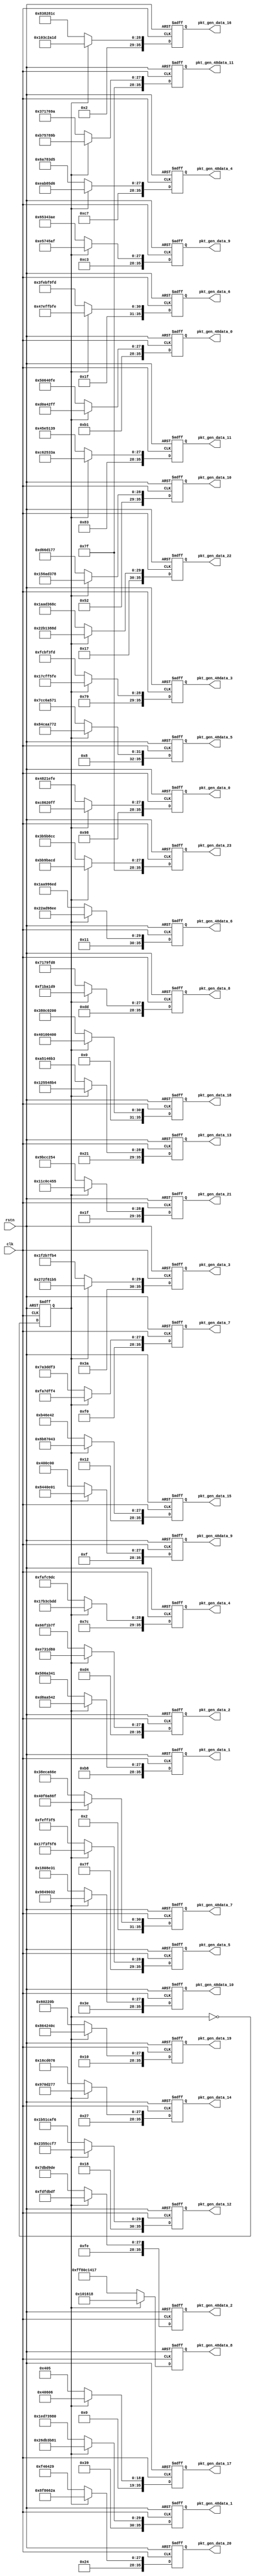
// Copyright (c) 2024 by JLSemi Inc.
// --------------------------------------------------------------------
//
//                     JLSemi
//                     Shanghai, China
//                     Name : Zhiling Guo
//
// --------------------------------------------------------------------
// --------------------------------------------------------------------
//  Revision History:1.0
//  Date          By            Revision    Design Description
//---------------------------------------------------------------------
//  2024-05-06    zlguo         1.0         package_gen
// --------------------------------------------------------------------
// --------------------------------------------------------------------
`timescale 1ns/1ns
module package_gen
(
    input   wire            clk,
    input   wire            rstn,

    output  wire    [35:0]  pkt_gen_data_0,
    output  wire    [35:0]  pkt_gen_data_1,
    output  wire    [35:0]  pkt_gen_data_2,
    output  wire    [35:0]  pkt_gen_data_3,
    output  wire    [35:0]  pkt_gen_data_4,
    output  wire    [35:0]  pkt_gen_data_5,
    output  wire    [35:0]  pkt_gen_data_6,
    output  wire    [35:0]  pkt_gen_data_7,
    output  wire    [35:0]  pkt_gen_data_8,
    output  wire    [35:0]  pkt_gen_data_9,
    output  wire    [35:0]  pkt_gen_data_10,
    output  wire    [35:0]  pkt_gen_data_11,
    output  wire    [35:0]  pkt_gen_data_12,
    output  wire    [35:0]  pkt_gen_data_13,
    output  wire    [35:0]  pkt_gen_data_14,
    output  wire    [35:0]  pkt_gen_data_15,
    output  wire    [35:0]  pkt_gen_data_16,
    output  wire    [35:0]  pkt_gen_data_17,
    output  wire    [35:0]  pkt_gen_data_18,
    output  wire    [35:0]  pkt_gen_data_19,
    output  wire    [35:0]  pkt_gen_data_20,
    output  wire    [35:0]  pkt_gen_data_21,
    output  wire    [35:0]  pkt_gen_data_22,
    output  wire    [35:0]  pkt_gen_data_23,

    output  wire    [35:0]  pkt_gen_48data_0,
    output  wire    [35:0]  pkt_gen_48data_1,
    output  wire    [35:0]  pkt_gen_48data_2,
    output  wire    [35:0]  pkt_gen_48data_3,
    output  wire    [35:0]  pkt_gen_48data_4,
    output  wire    [35:0]  pkt_gen_48data_5,
    output  wire    [35:0]  pkt_gen_48data_6,
    output  wire    [35:0]  pkt_gen_48data_7,
    output  wire    [35:0]  pkt_gen_48data_8,
    output  wire    [35:0]  pkt_gen_48data_9,
    output  wire    [35:0]  pkt_gen_48data_10,
    output  wire    [35:0]  pkt_gen_48data_11

);

    reg     [35:0]  sin_data_0 ;
    reg     [35:0]  sin_data_1 ;
    reg     [35:0]  sin_data_2 ;
    reg     [35:0]  sin_data_3 ;
    reg     [35:0]  sin_data_4 ;
    reg     [35:0]  sin_data_5 ;
    reg     [35:0]  sin_data_6 ;
    reg     [35:0]  sin_data_7 ;
    reg     [35:0]  sin_data_8 ;
    reg     [35:0]  sin_data_9 ;
    reg     [35:0]  sin_data_10;
    reg     [35:0]  sin_data_11;
    reg     [35:0]  sin_data_12;
    reg     [35:0]  sin_data_13;
    reg     [35:0]  sin_data_14;
    reg     [35:0]  sin_data_15;
    reg     [35:0]  sin_data_16;
    reg     [35:0]  sin_data_17;
    reg     [35:0]  sin_data_18;
    reg     [35:0]  sin_data_19;
    reg     [35:0]  sin_data_20;
    reg     [35:0]  sin_data_21;
    reg     [35:0]  sin_data_22;
    reg     [35:0]  sin_data_23;

    reg     [35:0]  sin_48data_0 ;
    reg     [35:0]  sin_48data_1 ;
    reg     [35:0]  sin_48data_2 ;
    reg     [35:0]  sin_48data_3 ;
    reg     [35:0]  sin_48data_4 ;
    reg     [35:0]  sin_48data_5 ;
    reg     [35:0]  sin_48data_6 ;
    reg     [35:0]  sin_48data_7 ;
    reg     [35:0]  sin_48data_8 ;
    reg     [35:0]  sin_48data_9 ;
    reg     [35:0]  sin_48data_10;
    reg     [35:0]  sin_48data_11;

    reg             sel;

    always @ (posedge clk or negedge rstn) begin
        if (!rstn)
            sel <= 1'b0;
        else
            sel <= ~sel;
    end

    always @ (posedge clk or negedge rstn) begin
        if (!rstn) begin
            sin_data_0  <= 36'h0;
            sin_data_1  <= 36'h0;
            sin_data_2  <= 36'h0;
            sin_data_3  <= 36'h0;
            sin_data_4  <= 36'h0;
            sin_data_5  <= 36'h0;
            sin_data_6  <= 36'h0;
            sin_data_7  <= 36'h0;
            sin_data_8  <= 36'h0;
            sin_data_9  <= 36'h0;
            sin_data_10 <= 36'h0;
            sin_data_11 <= 36'h0;
            sin_data_12 <= 36'h0;
            sin_data_13 <= 36'h0;
            sin_data_14 <= 36'h0;
            sin_data_15 <= 36'h0;
            sin_data_16 <= 36'h0;
            sin_data_17 <= 36'h0;
            sin_data_18 <= 36'h0;
            sin_data_19 <= 36'h0;
            sin_data_20 <= 36'h0;
            sin_data_21 <= 36'h0;
            sin_data_22 <= 36'h0;
            sin_data_23 <= 36'h0;
        end
        else begin
            sin_data_0  <= sel ? {9'h131, 9'h121, 9'h110, 9'h0FF} : {9'h131-1'b1, 9'h121-1'b1, 9'h110-1'b1, 9'h0FF-1'b1};
            sin_data_1  <= sel ? {9'h171, 9'h162, 9'h152, 9'h142} : {9'h171-1'b1, 9'h162-1'b1, 9'h152-1'b1, 9'h142-1'b1};
            sin_data_2  <= sel ? {9'h1A9, 9'h19C, 9'h18E, 9'h180} : {9'h1A9-1'b1, 9'h19C-1'b1, 9'h18E-1'b1, 9'h180-1'b1};
            sin_data_3  <= sel ? {9'h1D4, 9'h1CB, 9'h1C0, 9'h1B5} : {9'h1D4-1'b1, 9'h1CB-1'b1, 9'h1C0-1'b1, 9'h1B5-1'b1};
            sin_data_4  <= sel ? {9'h1F2, 9'h1EC, 9'h1E5, 9'h1DD} : {9'h1F2-1'b1, 9'h1EC-1'b1, 9'h1E5-1'b1, 9'h1DD-1'b1};
            sin_data_5  <= sel ? {9'h1FE, 9'h1FC, 9'h1FA, 9'h1F6} : {9'h1FE-1'b1, 9'h1FC-1'b1, 9'h1FA-1'b1, 9'h1F6-1'b1};
            sin_data_6  <= sel ? {9'h1F8, 9'h1FB, 9'h1FD, 9'h1FE} : {9'h1F8-1'b1, 9'h1FB-1'b1, 9'h1FD-1'b1, 9'h1FE-1'b1};
            sin_data_7  <= sel ? {9'h1E1, 9'h1E9, 9'h1EF, 9'h1F4} : {9'h1E1-1'b1, 9'h1E9-1'b1, 9'h1EF-1'b1, 9'h1F4-1'b1};
            sin_data_8  <= sel ? {9'h1BB, 9'h1C6, 9'h1D0, 9'h1D9} : {9'h1BB-1'b1, 9'h1C6-1'b1, 9'h1D0-1'b1, 9'h1D9-1'b1};
            sin_data_9  <= sel ? {9'h187, 9'h195, 9'h1A2, 9'h1AF} : {9'h187-1'b1, 9'h195-1'b1, 9'h1A2-1'b1, 9'h1AF-1'b1};
            sin_data_10 <= sel ? {9'h14A, 9'h15A, 9'h169, 9'h178} : {9'h14A-1'b1, 9'h15A-1'b1, 9'h169-1'b1, 9'h178-1'b1};
            sin_data_11 <= sel ? {9'h107, 9'h118, 9'h129, 9'h13A} : {9'h107-1'b1, 9'h118-1'b1, 9'h129-1'b1, 9'h13A-1'b1};
            sin_data_12 <= sel ? {9'h0C4, 9'h0D5, 9'h0E6, 9'h0F7} : {9'h0C4-1'b1, 9'h0D5-1'b1, 9'h0E6-1'b1, 9'h0F7-1'b1};
            sin_data_13 <= sel ? {9'h086, 9'h095, 9'h0A4, 9'h0B4} : {9'h086-1'b1, 9'h095-1'b1, 9'h0A4-1'b1, 9'h0B4-1'b1};
            sin_data_14 <= sel ? {9'h04F, 9'h05C, 9'h069, 9'h077} : {9'h04F-1'b1, 9'h05C-1'b1, 9'h069-1'b1, 9'h077-1'b1};
            sin_data_15 <= sel ? {9'h025, 9'h02E, 9'h038, 9'h043} : {9'h025-1'b1, 9'h02E-1'b1, 9'h038-1'b1, 9'h043-1'b1};
            sin_data_16 <= sel ? {9'h00A, 9'h00F, 9'h015, 9'h01D} : {9'h00A-1'b1, 9'h00F-1'b1, 9'h015-1'b1, 9'h01D-1'b1};
            sin_data_17 <= sel ? {9'h000, 9'h001, 9'h003, 9'h006} : {9'h000     , 9'h001-1'b1, 9'h003-1'b1, 9'h006-1'b1};
            sin_data_18 <= sel ? {9'h008, 9'h004, 9'h002, 9'h000} : {9'h008-1'b1, 9'h004-1'b1, 9'h002-1'b1, 9'h000     };
            sin_data_19 <= sel ? {9'h021, 9'h019, 9'h012, 9'h00C} : {9'h021-1'b1, 9'h019-1'b1, 9'h012-1'b1, 9'h00C-1'b1};
            sin_data_20 <= sel ? {9'h049, 9'h03E, 9'h033, 9'h02A} : {9'h049-1'b1, 9'h03E-1'b1, 9'h033-1'b1, 9'h02A-1'b1};
            sin_data_21 <= sel ? {9'h07E, 9'h070, 9'h062, 9'h055} : {9'h07E-1'b1, 9'h070-1'b1, 9'h062-1'b1, 9'h055-1'b1};
            sin_data_22 <= sel ? {9'h0BC, 9'h0AC, 9'h09C, 9'h08D} : {9'h0BC-1'b1, 9'h0AC-1'b1, 9'h09C-1'b1, 9'h08D-1'b1};
            sin_data_23 <= sel ? {9'h0FF, 9'h0EE, 9'h0DD, 9'h0CD} : {9'h0FF-1'b1, 9'h0EE-1'b1, 9'h0DD-1'b1, 9'h0CD-1'b1};
        end
    end

    always @ (posedge clk or negedge rstn) begin
        if (!rstn) begin
            sin_48data_0  <= 36'h0;
            sin_48data_1  <= 36'h0;
            sin_48data_2  <= 36'h0;
            sin_48data_3  <= 36'h0;
            sin_48data_4  <= 36'h0;
            sin_48data_5  <= 36'h0;
            sin_48data_6  <= 36'h0;
            sin_48data_7  <= 36'h0;
            sin_48data_8  <= 36'h0;
            sin_48data_9  <= 36'h0;
            sin_48data_10 <= 36'h0;
            sin_48data_11 <= 36'h0;
        end
        else begin
            sin_48data_0  <= sel ? {9'h163, 9'h142, 9'h121, 9'h0FF} : {9'h163-1'b1, 9'h142-1'b1, 9'h121-1'b1, 9'h0FF-1'b1};
            sin_48data_1  <= sel ? {9'h1CC, 9'h1B6, 9'h19D, 9'h181} : {9'h1CC-1'b1, 9'h1B6-1'b1, 9'h19D-1'b1, 9'h181-1'b1};
            sin_48data_2  <= sel ? {9'h1FD, 9'h1F7, 9'h1ED, 9'h1DF} : {9'h1FD-1'b1, 9'h1F7-1'b1, 9'h1ED-1'b1, 9'h1DF-1'b1};
            sin_48data_3  <= sel ? {9'h1E6, 9'h1F3, 9'h1FA, 9'h1FE} : {9'h1E6-1'b1, 9'h1F3-1'b1, 9'h1FA-1'b1, 9'h1FE-1'b1};
            sin_48data_4  <= sel ? {9'h18F, 9'h1AA, 9'h1C2, 9'h1D6} : {9'h18F-1'b1, 9'h1AA-1'b1, 9'h1C2-1'b1, 9'h1D6-1'b1};
            sin_48data_5  <= sel ? {9'h110, 9'h132, 9'h153, 9'h172} : {9'h110-1'b1, 9'h132-1'b1, 9'h153-1'b1, 9'h172-1'b1};
            sin_48data_6  <= sel ? {9'h08C, 9'h0AB, 9'h0CC, 9'h0EE} : {9'h08C-1'b1, 9'h0AB-1'b1, 9'h0CC-1'b1, 9'h0EE-1'b1};
            sin_48data_7  <= sel ? {9'h028, 9'h03C, 9'h054, 9'h06F} : {9'h028-1'b1, 9'h03C-1'b1, 9'h054-1'b1, 9'h06F-1'b1};
            sin_48data_8  <= sel ? {9'h000, 9'h004, 9'h00B, 9'h018} : {9'h000-1'b1, 9'h004-1'b1, 9'h00B-1'b1, 9'h018-1'b1};
            sin_48data_9  <= sel ? {9'h01F, 9'h011, 9'h007, 9'h001} : {9'h01F-1'b1, 9'h011-1'b1, 9'h007-1'b1, 9'h001-1'b1};
            sin_48data_10 <= sel ? {9'h07D, 9'h061, 9'h048, 9'h032} : {9'h07D-1'b1, 9'h061-1'b1, 9'h048-1'b1, 9'h032-1'b1};
            sin_48data_11 <= sel ? {9'h0FF, 9'h0DD, 9'h0BC, 9'h09B} : {9'h0FF-1'b1, 9'h0DD-1'b1, 9'h0BC-1'b1, 9'h09B-1'b1};
        end
    end

    assign pkt_gen_data_0  = sin_data_0 ;
    assign pkt_gen_data_1  = sin_data_1 ;
    assign pkt_gen_data_2  = sin_data_2 ;
    assign pkt_gen_data_3  = sin_data_3 ;
    assign pkt_gen_data_4  = sin_data_4 ;
    assign pkt_gen_data_5  = sin_data_5 ;
    assign pkt_gen_data_6  = sin_data_6 ;
    assign pkt_gen_data_7  = sin_data_7 ;
    assign pkt_gen_data_8  = sin_data_8 ;
    assign pkt_gen_data_9  = sin_data_9 ;
    assign pkt_gen_data_10 = sin_data_10;
    assign pkt_gen_data_11 = sin_data_11;
    assign pkt_gen_data_12 = sin_data_12;
    assign pkt_gen_data_13 = sin_data_13;
    assign pkt_gen_data_14 = sin_data_14;
    assign pkt_gen_data_15 = sin_data_15;
    assign pkt_gen_data_16 = sin_data_16;
    assign pkt_gen_data_17 = sin_data_17;
    assign pkt_gen_data_18 = sin_data_18;
    assign pkt_gen_data_19 = sin_data_19;
    assign pkt_gen_data_20 = sin_data_20;
    assign pkt_gen_data_21 = sin_data_21;
    assign pkt_gen_data_22 = sin_data_22;
    assign pkt_gen_data_23 = sin_data_23;

    assign pkt_gen_48data_0  = sin_48data_0 ;
    assign pkt_gen_48data_1  = sin_48data_1 ;
    assign pkt_gen_48data_2  = sin_48data_2 ;
    assign pkt_gen_48data_3  = sin_48data_3 ;
    assign pkt_gen_48data_4  = sin_48data_4 ;
    assign pkt_gen_48data_5  = sin_48data_5 ;
    assign pkt_gen_48data_6  = sin_48data_6 ;
    assign pkt_gen_48data_7  = sin_48data_7 ;
    assign pkt_gen_48data_8  = sin_48data_8 ;
    assign pkt_gen_48data_9  = sin_48data_9 ;
    assign pkt_gen_48data_10 = sin_48data_10;
    assign pkt_gen_48data_11 = sin_48data_11;

endmodule